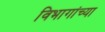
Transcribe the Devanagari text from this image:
विभागांच्‍या